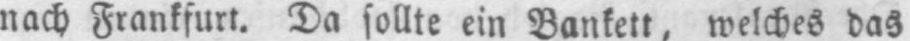
nach Frankfurt. Da sollte ein Bankett, welches das